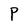
Character: P